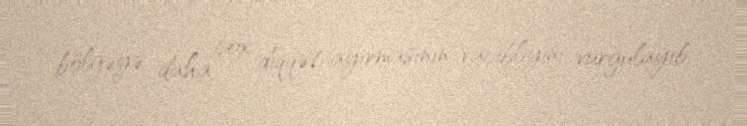
bölgəyə daha çox diqqət ayırmasının vacibliyini vurğulayıb.